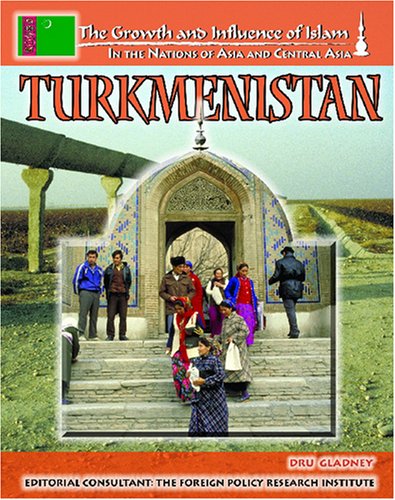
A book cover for Turkmenistan (The Growth and Influence of Islam in the Nations of Asia and Central Asia); William Mark Habeeb; Teen & Young Adult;